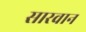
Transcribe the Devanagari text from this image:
सारवान